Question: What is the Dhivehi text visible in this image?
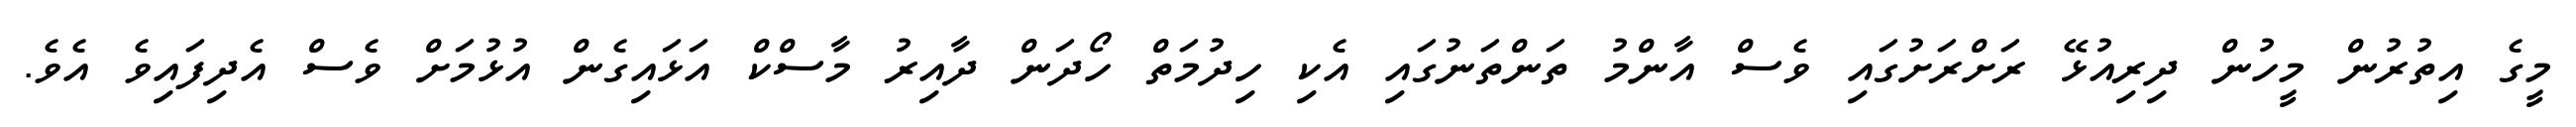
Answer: މީގެ އިތުރުން މީހުން ދިރިއުޅޭ ރަށްރަށުގައި ވެސް އާންމު ތަންތަނުގައި އެކި ހިދުމަތް ހޯދަން ދާއިރު މާސްކް އަޅައިގެން އުޅުމަށް ވެސް އެދިފައިވެ އެވެ.